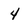
Character: 4